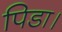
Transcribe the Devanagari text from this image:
पिडा।